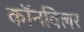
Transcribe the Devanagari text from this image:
कॉनविलर